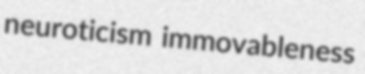
neuroticism immovableness